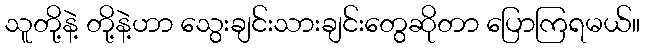
သူတို့နဲ့ တို့နဲ့ဟာ သွေးချင်းသားချင်းတွေဆိုတာ ပြောကြရမယ်။